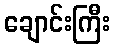
ချောင်းကြီး